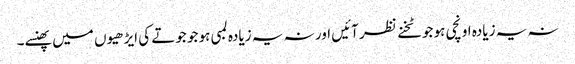
نہ یہ زیادہ اونچی ہو جو ٹخنے نظر آئیں اور نہ یہ زیادہ لمبی ہو جو جوتے کی ایڑھیوں میں پھنسے۔